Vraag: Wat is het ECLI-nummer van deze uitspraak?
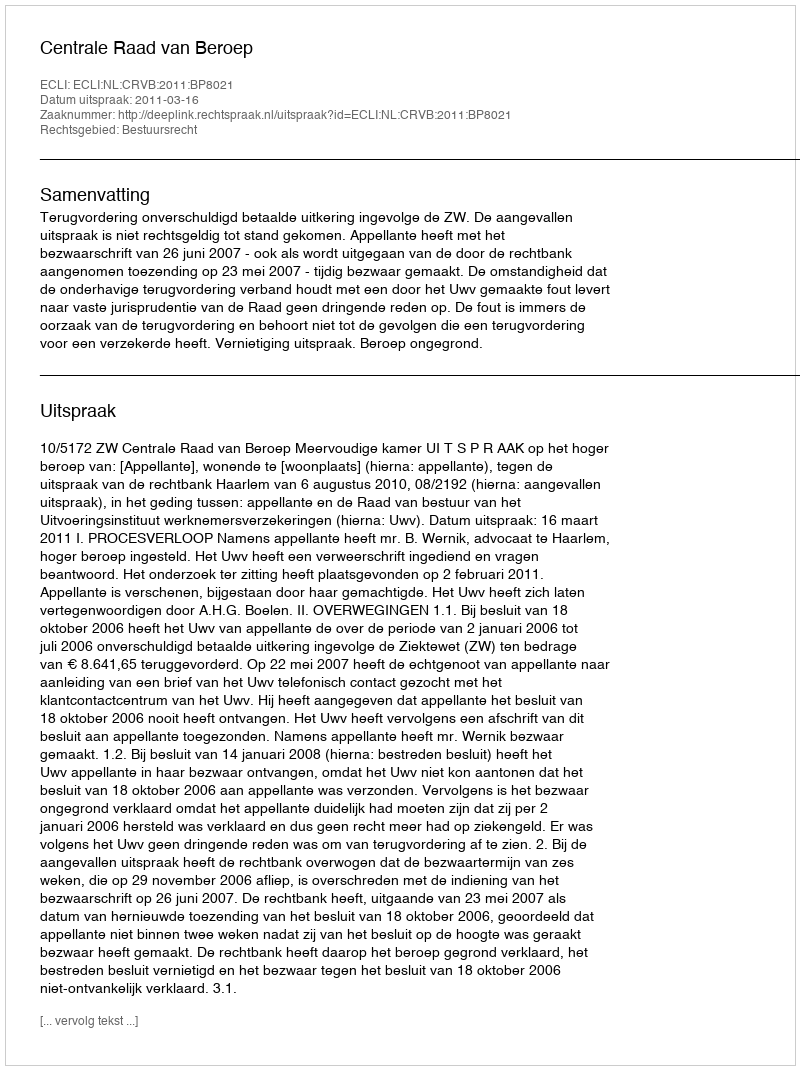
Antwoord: ECLI:NL:CRVB:2011:BP8021